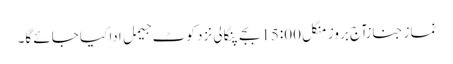
نماز جنازآج بروز منگل 15:00بجے پنگالی نزد کوٹ جیمل ادا کیا جائے گا۔